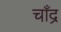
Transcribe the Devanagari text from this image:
चाँद्र